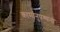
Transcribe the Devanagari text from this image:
कामानुपश्यना